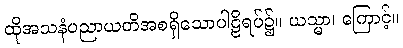
ထိုအသနံပညာယတိအစရှိသောပါဠိရပ်၌။ ယသ္မာ၊ ကြောင့်။